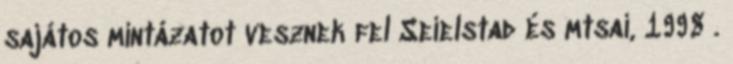
sajátos mintázatot vesznek fel Seielstad és mtsai, 1998 .